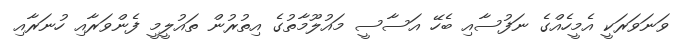
ވަނަވަރަކީ އެމީހެއްގެ ނަފުސާއި ބެހޭ އަސާސީ މައުލޫމާތުގެ އިތުރުން ތައުލީމީ ފެންވަރާއި ހުނަރާއި